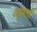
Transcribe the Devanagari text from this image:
आफ़तों